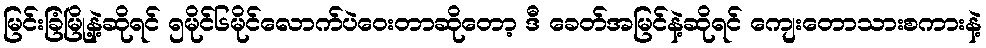
မြင်းခြံမြို့နဲ့ဆိုရင် ၅မိုင်၆မိုင်လောက်ပဲဝေးတာဆိုတော့ ဒီ ခေတ်အမြင်နဲ့ဆိုရင် ကျေးတောသားစကားနဲ့